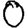
Digit: 0